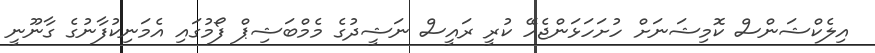
އިލެކްޝަންސް ކޮމިޝަނަށް ހުށަހަޅަންޖެހޭ ކުރީ ރައީސް ނަޝީދުގެ މެމްބަޝިޕް ފޯމުގައި އެމަނިކުފާނުގެ ގާނޫނީ